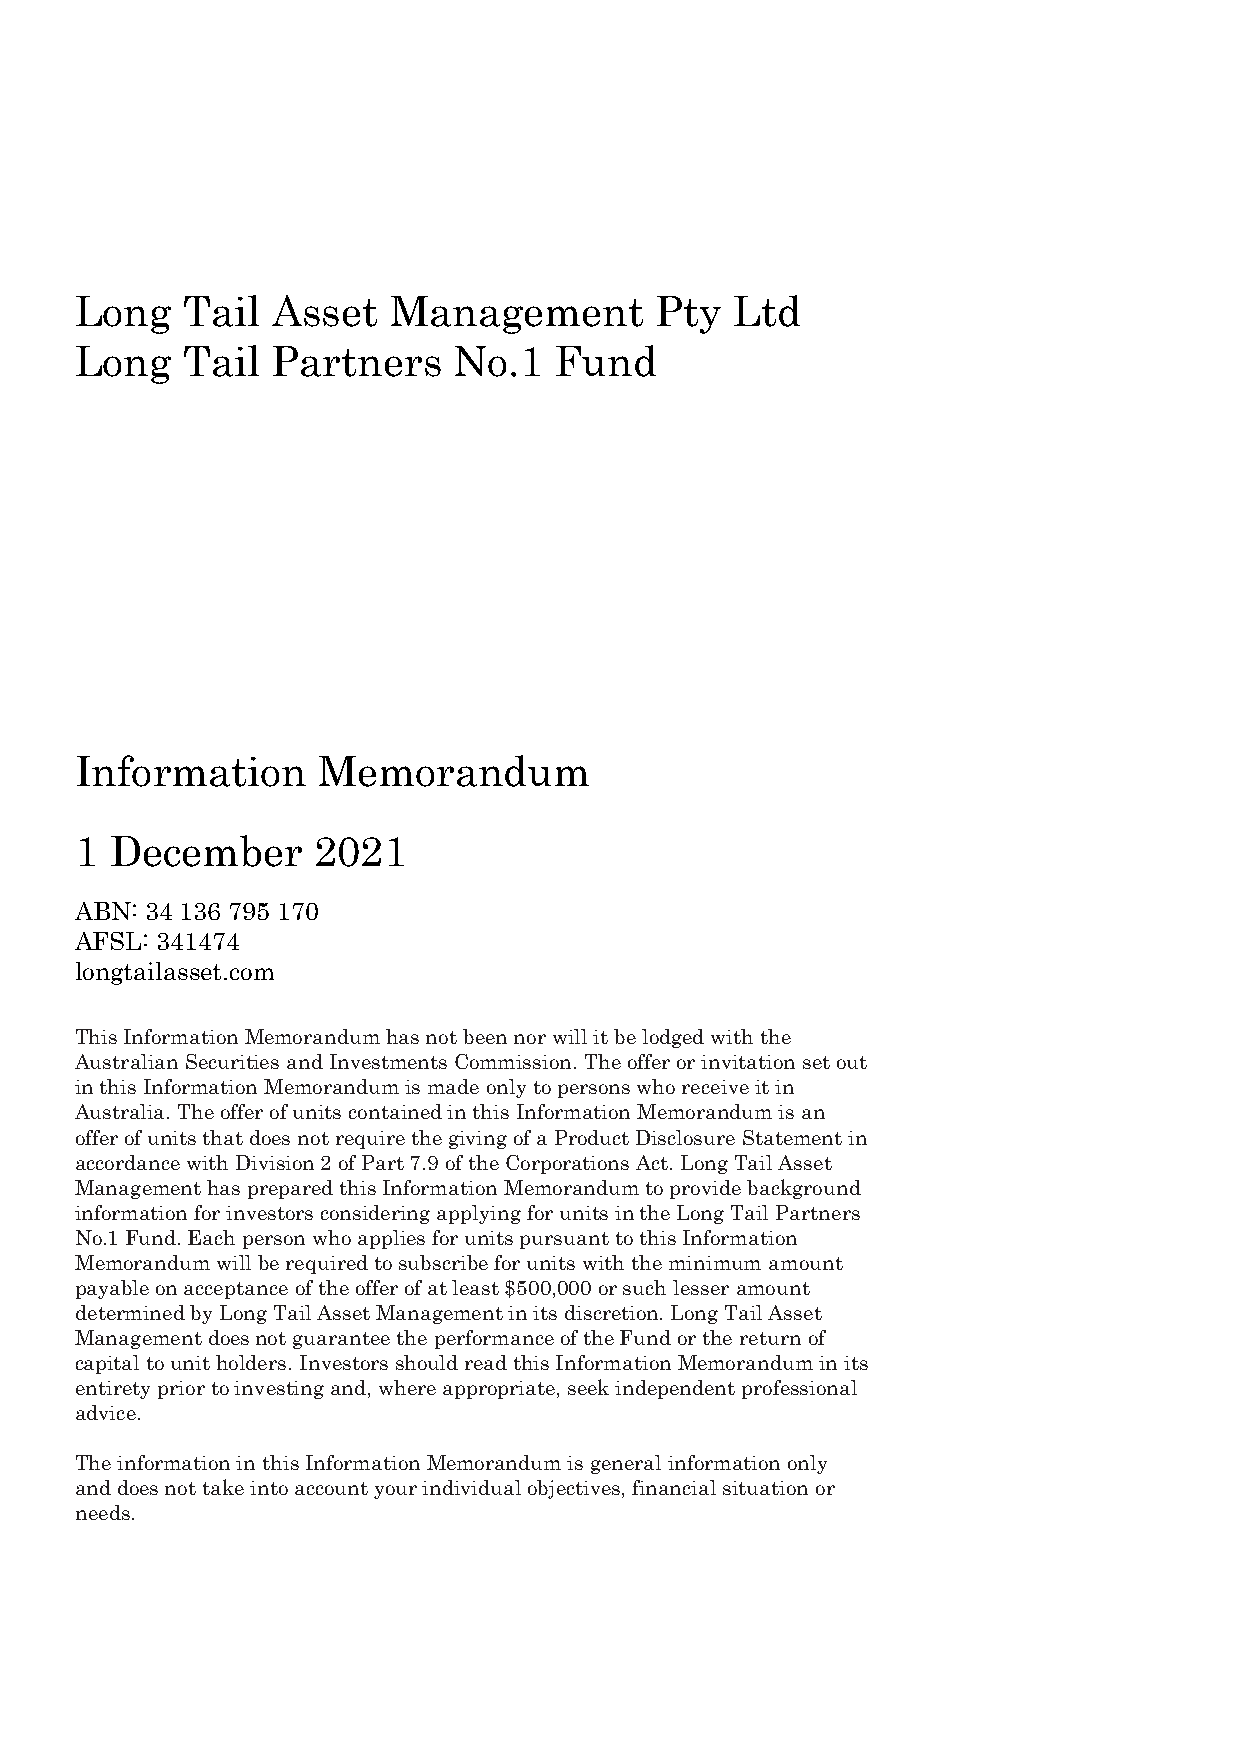
Long   Tail  Asset   Management       Pty   Ltd
 Long   Tail  Partners    No.1   Fund
 Information     Memorandum
 1 December      2021
 ABN: 34 136 795 170
 AFSL: 341474
 longtailasset.com
 This Information Memorandum has not been nor will it be lodged with the
 Australian Securities and Investments Commission. The offer or invitation set out
 in this Information Memorandum is made only to persons who receive it in
 Australia. The offer of units contained in this Information Memorandum is an
 offer of units that does not require the giving of a Product Disclosure Statement in
 accordance with Division 2 of Part 7.9 of the Corporations Act. Long Tail Asset
 Management has prepared this Information Memorandum to provide background
 information for investors considering applying for units in the Long Tail Partners
 No.1 Fund. Each person who applies for units pursuant to this Information
 Memorandum will be required to subscribe for units with the minimum amount
 payable on acceptance of the offer of at least $500,000 or such lesser amount
 determined by Long Tail Asset Management in its discretion. Long Tail Asset
 Management does not guarantee the performance of the Fund or the return of
 capital to unit holders. Investors should read this Information Memorandum in its
 entirety prior to investing and, where appropriate, seek independent professional
 advice.
 The information in this Information Memorandum is general information only
 and does not take into account your individual objectives, financial situation or
 needs.